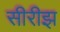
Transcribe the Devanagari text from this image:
सीरीझ